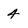
Character: 4